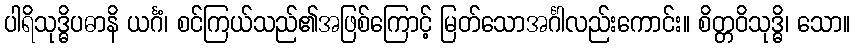
ပါရိသုဒ္ဓိပဓာနိ ယင်္ဂံ၊ စင်ကြယ်သည်၏အဖြစ်ကြောင့် မြတ်သောအင်္ဂါလည်းကောင်း။ စိတ္တဝိသုဒ္ဓိ၊ သော။